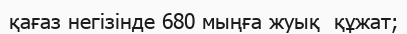
қағаз негізінде 680 мыңға жуық  құжат;